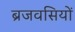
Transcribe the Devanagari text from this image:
ब्रजवसियों